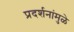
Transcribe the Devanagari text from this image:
प्रदर्शनांमुळे